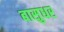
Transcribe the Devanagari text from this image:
बासुधर